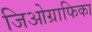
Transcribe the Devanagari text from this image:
जिओग्राफिका